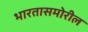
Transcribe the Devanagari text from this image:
भारतासमोरील